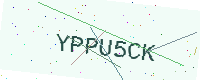
Text: YPPU5CK